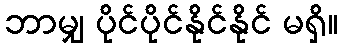
ဘာမျှ ပိုင်ပိုင်နိုင်နိုင် မရှိ။